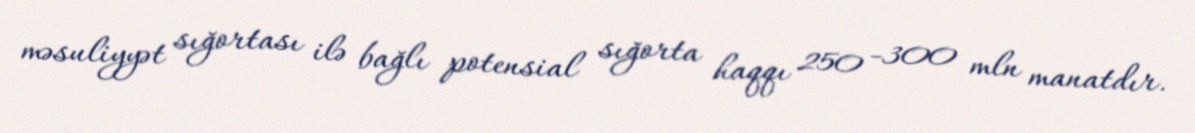
məsuliyyət sığortası ilə bağlı potensial sığorta haqqı 250 -300 mln manatdır.